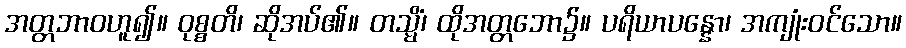
အတ္တဘာဝဟူ၍။ ဝုစ္စတိ၊ ဆိုအပ်၏။ တသ္မိံ၊ ထိုအတ္တဘော၌။ ပရိယာပန္နော၊ အကျုံးဝင်သော။